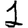
Digit: 1